Report on the lunatic asylums in Bengal - 1862-
Year: 1862
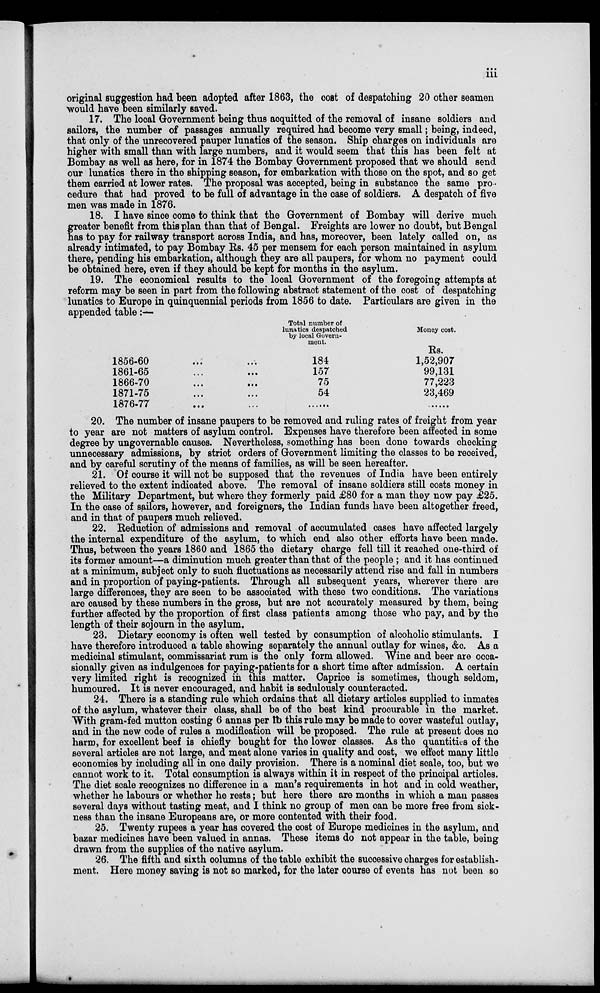
iii
original suggestion had been adopted after 1863, the cost of despatching 20 other seamen
would have been similarly saved.
17. The local Government being thus acquitted of the removal of insane soldiers and
sailors, the number of passages annually required had become very small; being, indeed,
that only of the unrecovered pauper lunatics of the season. Ship charges on individuals are
higher with small than with large numbers, and it would seem that this has been felt at
Bombay as well as here, for in 1874 the Bombay Government proposed that we should send
our lunatics there in the shipping season, for embarkation with those on the spot, and so get
them carried at lower rates. The proposal was accepted, being in substance the same pro
cedure that had proved to be full of advantage in the case of soldiers. A despatch of five
men was made in 1876.
18. I have since come to think that the Government of Bombay will derive much
greater benefit from this plan than that of Bengal. Freights are lower no doubt, but Bengal
has to pay for railway transport across India, and has, moreover, been lately called on, as
already intimated, to pay Bombay Rs. 45 per mensem for each person maintained in asylum
there, pending his embarkation, although they are all paupers, for whom no payment could
be obtained here, even if they should be kept for months in the asylum.
19. The economical results to the local Government of the foregoing attempts at
reform may be seen in part from the following abstract statement of the cost of despatching
lunatics to Europe in quinquennial periods from 1856 to date. Particulars are given in the
appended table:—
1856-60 ... ...
1861-65 ... ...
1866-70 ... ...
1871-75 ... ...
1876-77 ... ...
Total number of
lunatics despatched
by local Govern-
ment.
184
157
75
54
......
Money cost.
Rs.
1,52,907
99,131
77,223
23,469
......
20. The number of insane paupers to be removed and ruling rates of freight from year
to year are not matters of asylum control. Expenses have therefore been affected in some
degree by ungovernable causes. Nevertheless, something has been done towards checking
unnecessary admissions, by strict orders of Government limiting the classes to be received,
and by careful scrutiny of the means of families, as will be seen hereafter.
21. Of course it will not be supposed that the revenues of India have been entirely
relieved to the extent indicated above. The removal of insane soldiers still costs money in
the Military Department, but where they formerly paid £80 for a man they now pay £25.
In the case of sailors, however, and foreigners, the Indian funds have been altogether freed,
and in that of paupers much relieved.
22. Reduction of admissions and removal of accumulated cases have affected largely
the internal expenditure of the asylum, to which end also other efforts have been made.
Thus, between the years 1860 and 1865 the dietary charge fell till it reached one-third of
its former amount—a diminution much greater than that of the people ; and it has continued
at a minimum, subject only to such fluctuations as necessarily attend rise and fall in numbers
and in proportion of paying-patients. Through all subsequent years, wherever there are
large differences, they are seen to be associated with these two conditions. The variations
are caused by these numbers in the gross, but are not accurately measured by them, being
further affected by the proportion of first class patients among those who pay, and by the
length of their sojourn in the asylum.
23. Dietary economy is often well tested by consumption of alcoholic stimulants. I
have therefore introduced a table showing separately the annual outlay for wines, &c. As a
medicinal stimulant, commissariat rum is the only form allowed. Wine and beer are occa-
sionally given as indulgences for paying-patients for a short time after admission. A certain
very limited right is recognized in this matter. Caprice is sometimes, though seldom,
humoured. It is never encouraged, and habit is sedulously counteracted.
24. There is a standing rule which ordains that all dietary articles supplied to inmates
of the asylum, whatever their class, shall be of the best kind procurable in the market.
With gram-fed mutton costing 6 annas per lb this rule may be made to cover wasteful outlay,
and in the new code of rules a modification will be proposed. The rule at present does no
harm, for excellent beef is chiefly bought for the lower classes. As the quantities of the
several articles are not large, and meat alone varies in quality and cost, we effect many little
economies by including all in one daily provision. There is a nominal diet scale, too, but we
cannot work to it. Total consumption is always within it in respect of the principal articles.
The diet scale recognizes no difference in a man's requirements in hot and in cold weather,
whether he labours or whether he rests; but here there are months in which a man passes
several days without tasting meat, and I think no group of men can be more free from sick-
ness than the insane Europeans are, or more contented with their food.
25. Twenty rupees a year has covered the cost of Europe medicines in the asylum, and
bazar medicines have been valued in annas. These items do not appear in the table, being
drawn from the supplies of the native asylum.
26. The fifth and sixth columns of the table exhibit the successive charges for establish-
ment. Here money saving is not so marked, for the later course of events has not been so